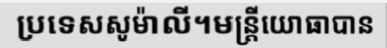
ប្រទេសសូម៉ាលី។មន្ត្រីយោធាបាន